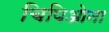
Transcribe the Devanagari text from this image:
चिपिओना